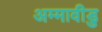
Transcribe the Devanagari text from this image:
अम्मावीडु